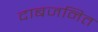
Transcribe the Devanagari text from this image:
दाबजनित